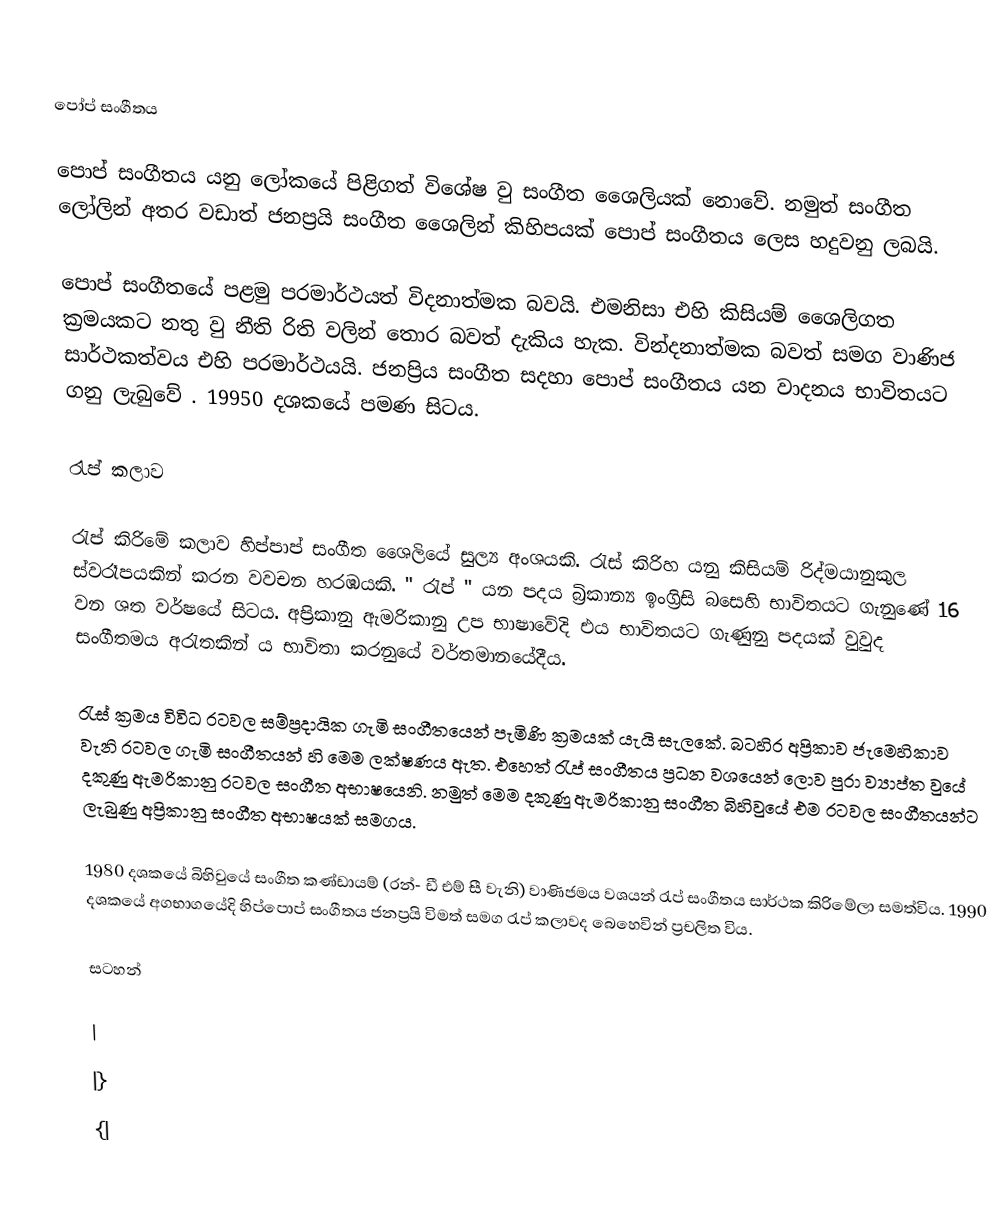

පෝප් සංගීතය

පොප් සංගීතය යනු ලෝකයේ පිළිගත් විශේෂ වු සංගීත ශෛලියක් නොවේ. නමුත් සංගීත ලෝලින් අතර වඩාත් ජනප්‍රයි සංගීත ශෛලින් කිහිපයක් පොප් සංගීතය ලෙස හදුවනු ලබයි.

පොප් සංගීතයේ පළමු පරමාර්ථයත් විදනාත්මක බවයි. එමනිසා එහි කිසියම් ශෛලිගත ක්‍රමයකට නතු වු නීති රිති වලින් තොර බවත් දැකිය හැක. වින්දනාත්මක බවත් සමග වාණිජ සාර්ථකත්වය එහි පරමාර්ථයයි. ජනප්‍රිය සංගීත සදහා පොප් සංගීතය යන වාදනය භාවිතයට ගනු ලැබුවේ . 19950 දශකයේ පමණ සිටය.

රැප් කලාව

රැප් කිරිමේ කලාව හිප්පාප් සංගීත ශෛලියේ සුල්‍ය අංශයකි. රැස් කිරිහ යනු කිසියම් රිද්මයානුකුල ස්වරෑපයකින් කරන වවචන හරඹයකි.  " රැප් " යන පදය බ්‍රිකාන්‍ය ඉංග්‍රිසි බසෙහි භාවිතයට ගැනුණේ 16 වන ශත වර්ෂයේ සිටය. අප්‍රිකානු ඇමරිකානු උප භාෂාවේදි එය භාවිතයට ගැණුනු පදයක් වුවුද සංගීතමය අරැතකින් ය භාවිතා කරනුයේ වර්තමානයේදීය.

රැස් ක්‍රමය විවිධ රටවල සම්ප්‍රදායික ගැමි සංගීතයෙන් පැමිණි ක්‍රමයක් යැයි සැලකේ. බටහිර අප්‍රිකාව ජැමෙහිකාව වැනි රටවල ගැමි සංගීතයන් හි මෙම ලක්ෂණය ඇත. එහෙත් රැප් සංගීතය ප්‍රධන වශයෙන් ලොව පුරා ව්‍යාප්ත වුයේ දකුණු ඇමරිකානු රටවල සංගීත අභා‍ෂයෙනි. නමුත් මෙම දකුණු ඇමරිකානු සංගීත බිහිවුයේ එම රටවල සංගීතයන්ට ලැබුණු අප්‍රිකානු සංගීත අභාෂයක් සමගය.

1980 දශකයේ බිහිවුයේ සංගීත කණ්ඩායම් (රන්- ඩී එම් සී වැනි) වාණිජමය වශයන් රැප් සංගීතය සාර්ථක කිරිමේලා සමත්විය. 1990 දශකයේ අගභාගයේදි හිප්පොප් සංගීතය ජනප්‍රයි විමත් සමග රැප් කලාවද බෙහෙවින් ප්‍රචලිත විය.

සටහන්

|
|}
{|